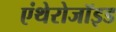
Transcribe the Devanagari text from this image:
एंथेरोजॉइड